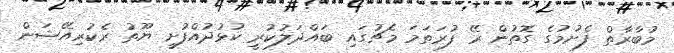
މުބާރާތް ފެށުމުގެ ގޮތުން ރޭ ފުރަތަމަ މެޗުގައި ބައްދަލުކުރީ ކުޅުދުއްފުށީ ޔޫތު ރެކުރިއޭޝަން